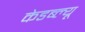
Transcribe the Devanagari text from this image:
केडब्ल्यू